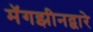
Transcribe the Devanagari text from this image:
मॅगझीनद्वारे